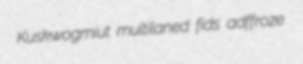
Kuskwogmiut multilaned fids adffroze